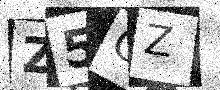
Text: Z5CZ